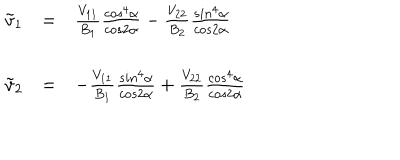
\begin{array} { r c l } { { \tilde { v } _ { 1 } } } & { { = } } & { { { \frac { V _ { 1 1 } } { B _ { 1 } } } { \frac { c o s ^ { 4 } \alpha } { c o s 2 \alpha } } - { \frac { V _ { 2 2 } } { B _ { 2 } } } { \frac { s i n ^ { 4 } \alpha } { c o s 2 \alpha } } } } \\ { { \tilde { v } _ { 2 } } } & { { = } } & { { - { \frac { V _ { 1 1 } } { B _ { 1 } } } { \frac { s i n ^ { 4 } \alpha } { c o s 2 \alpha } } + { \frac { V _ { 2 2 } } { B _ { 2 } } } { \frac { c o s ^ { 4 } \alpha } { c o s 2 \alpha } } } } \\ \end{array}